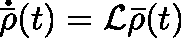
\mathbf { \dot { \bar { \rho } } } ( t ) = \mathcal { L } \mathbf { \bar { \rho } } ( t )